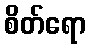
စိတ်ရော